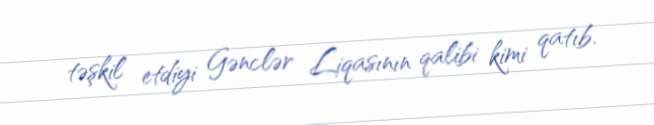
təşkil etdiyi Gənclər Liqasının qalibi kimi qatıb.